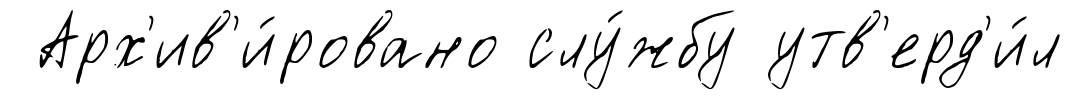
Арх'ив'и́ровано слу́жбу утв'ерд'и́л